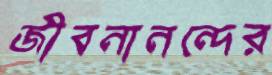
জীবনানন্দের